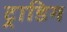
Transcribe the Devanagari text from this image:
ट्राडिग